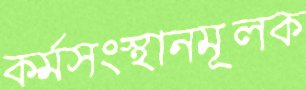
কর্মসংস্থানমূলক